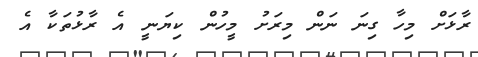
ރާޅަށް މިހާ ގިނަ ނަން މިރަށު މީހުން ކިޔަނީ އެ ރާޅުތަކާ އެ